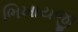
ભિખાયજી